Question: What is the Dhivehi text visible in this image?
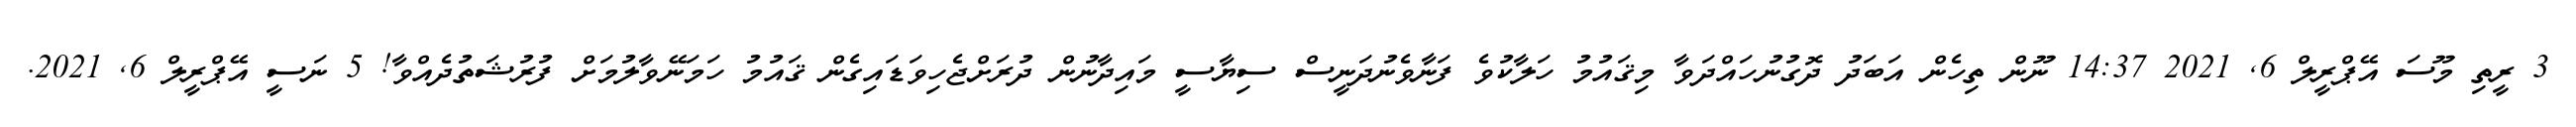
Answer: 3 ރީތި މޫސަ އޭޕްރީލް 6, 2021 14:37 ނޫން ތިހެން އަބަދު ދޮގުނުހައްދަވާ މިޤައުމު ހަލާކުވެ ފަނާވެނުދަނީސް ސިޔާސީ މައިދާނުން ދުރަށްޖެހިވަޑައިގެން ޤައުމު ހަމަނޭވާލުމަށް ފުރުޝަތުދެއްވާ! 5 ނަސީ އޭޕްރީލް 6, 2021.